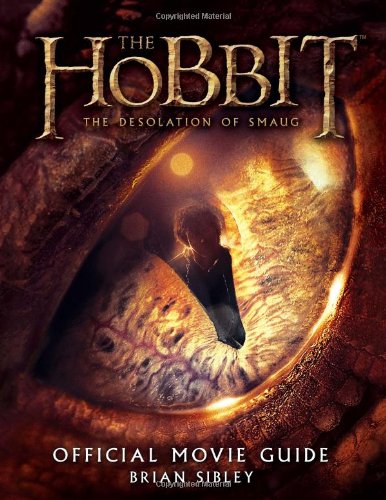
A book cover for The Hobbit: The Desolation of Smaug Official Movie Guide; Brian Sibley; Humor & Entertainment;